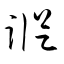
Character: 蹤